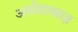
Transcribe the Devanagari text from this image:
अर्थशास्त्राज्ञ